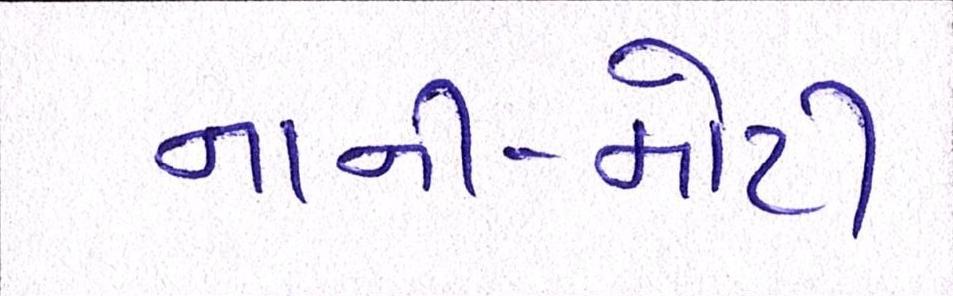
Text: નાની-મોટી